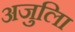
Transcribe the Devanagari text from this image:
अजुलिा